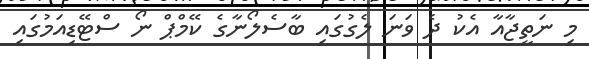
މި ނަތީޖާއާ އެކު ދެ ވަނަ ލެގުގައި ބާސެލޯނާގެ ކޭމްޕް ނޯ ސްޓޭޑިއަމުގައި